Note on the mental hospitals in Burma - 1925-1940
Year: 1925
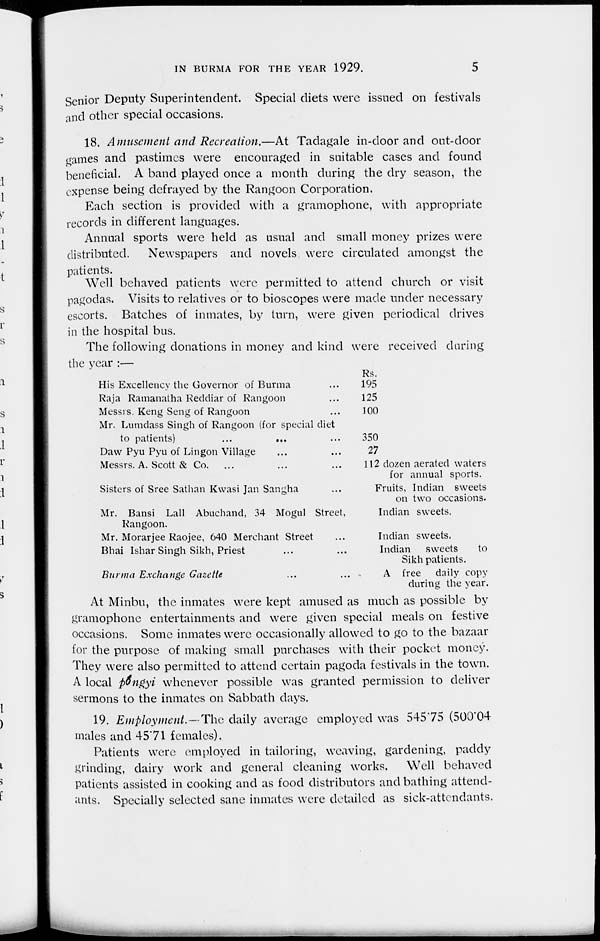
IN BURMA FOR THE YEAR 1929.
5
Senior Deputy Superintendent. Special diets were issued on festivals
and other special occasions.
18. Amusement and Recreation.—At Tadagale in-door and out-door
games and pastimes were encouraged in suitable cases and found
beneficial. A band played once a month during the dry season, the
expense being defrayed by the Rangoon Corporation,
Each section is provided with a gramophone, with appropriate
records in different languages.
Annual sports were held as usual and small money prizes were
distributed. Newspapers and novels were circulated amongst the
patients.
Well behaved patients were permitted to attend church or visit
pagodas. Visits to relatives or to bioscopes were made under necessary
escorts. Batches of inmates, by turn, were given periodical drives
in the hospital bus.
The following donations in money and kind were received during
the year :—
His Excellency the Governor of Burma ...
Raja Ramanatha Reddiar of Rangoon ...
Messrs. Keng Seng of Rangoon ...
Mr. Lumdass Singh of Rangoon (for special diet
to patients)
...
... ...
Daw Pyu Pyu of Lingon Village ... ...
Messrs. A. Scott & Co. ... ... ...
Sisters of Sree Sathan Kwasi Jan Sangha ...
Mr. Bansi Lall Abuchand, 34 Mogul Street,
Rangoon.
Mr. Morarjee Raojee, 640 Merchant Street ...
Bhai Ishar Singh Sikh, Priest ... ...
Burma Exchange Gazette ... ...
Rs.
195
125
100
350
27
112 dozen aerated waters
for annual sports.
Fruits, Indian sweets
on two occasions.
Indian sweets.
Indian sweets.
Indian
sweets
to
Sikh patients.
A free
daily copy
during the year.
At Minbu, the inmates were kept amused as much as possible by
gramophone entertainments and were given special meals on festive
occasions. Some inmates were occasionally allowed to go to the bazaar
for the purpose of making small purchases with their pocket money.
They were also permitted to attend certain pagoda festivals in the town.
A local pongyi whenever possible was granted permission to deliver
sermons to the inmates on Sabbath days.
19. Employment.—The daily average employed was 545.75 (500.04
males and 45.71 females).
Patients were employed in tailoring, weaving, gardening, paddy
grinding, dairy work and general cleaning works. Well behaved
patients assisted in cooking and as food distributors and bathing attend-
ants. Specially selected sane inmates were detailed as sick-attendants.